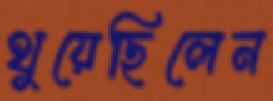
থুয়েছিলেন